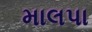
માલપા